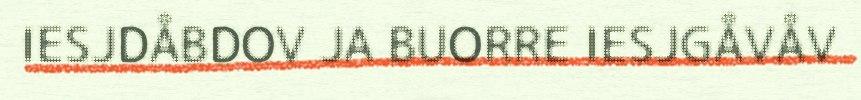
IESJDÅBDOV JA BUORRE IESJGÅVÅV